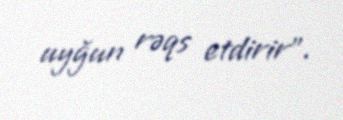
uyğun rəqs etdirir”.